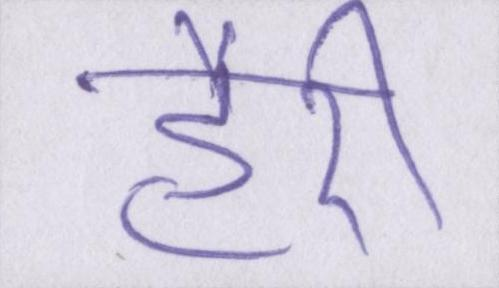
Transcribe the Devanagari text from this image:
हैरी